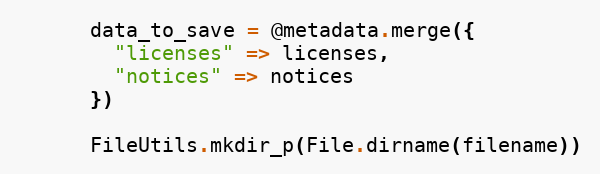
Language: Ruby
      data_to_save = @metadata.merge({
        "licenses" => licenses,
        "notices" => notices
      })

      FileUtils.mkdir_p(File.dirname(filename))